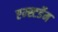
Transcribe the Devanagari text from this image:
एम्स्टर्डेम